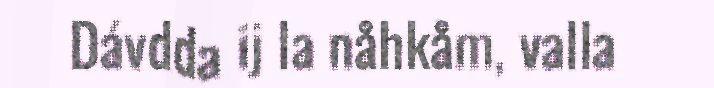
Dávdda ij la nåhkåm, valla